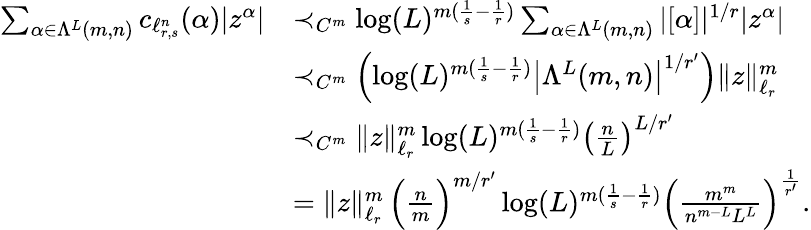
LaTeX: \begin{array}{rl}{\sum_{\alpha\in\Lambda^{L}(m,n)}c_{\ell_{r,s}^{n}}(\alpha)|z^{\alpha}|}&{\prec_{C^{m}}\log(L)^{m(\frac 1{s}-\frac 1{r})}\sum_{\alpha\in\Lambda^{L}(m,n)}|[\alpha]|^{1/r}|z^{\alpha}|}\\ &{\prec_{C^{m}}\left(\log(L)^{m(\frac 1{s}-\frac 1{r})}\left|\Lambda^{L}(m,n)\right|^{1/r^{\prime}}\right)\| z\| _{\ell_{r}}^{m}}\\ &{\prec_{C^{m}}\| z\| _{\ell_{r}}^{m}\log(L)^{m(\frac 1{s}-\frac 1{r})}\left(\frac{n}{L}\right)^{L/r^{\prime}}}\\ &{=\| z\| _{\ell_{r}}^{m}\, \Big(\frac{n}{m}\Big)^{m/r^{\prime}}\log(L)^{m(\frac 1{s}-\frac 1{r})}\Big(\frac{m^{m}}{n^{m-L}L^{L}}\Big)^{\frac{1}{r^{\prime}}}.}\end{array}